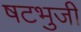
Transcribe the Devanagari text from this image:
षटभुजी